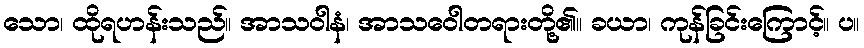
သော၊ ထိုရဟန်းသည်။ အာသဝါနံ၊ အာသဝေါတရားတို့၏။ ခယာ၊ ကုန်ခြင်းကြောင့်။ ပ။